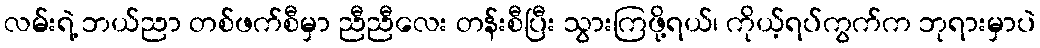
လမ်းရဲ့ ဘယ်ညာ တစ်ဖက်စီမှာ ညီညီလေး တန်းစီပြီး သွားကြဖို့ရယ်၊ ကိုယ့်ရပ်ကွက်က ဘုရားမှာပဲ